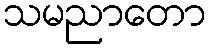
သမညာတော